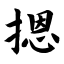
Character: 摁